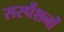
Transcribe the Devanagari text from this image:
सस्पेंशनों